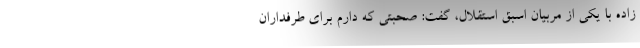
زاده با یکی از مربیان اسبق استقلال، گفت: صحبتی که دارم برای طرفداران